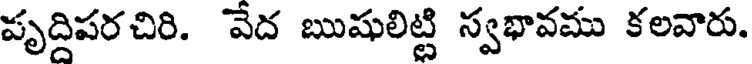
పృద్దిపరచిరి. వేద ఋషులిట్టి స్వభావము కలవారు.